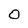
Character: O